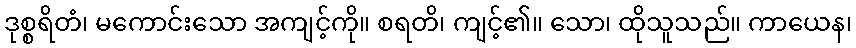
ဒုစ္စရိတံ၊ မကောင်းသော အကျင့်ကို။ စရတိ၊ ကျင့်၏။ သော၊ ထိုသူသည်။ ကာယေန၊